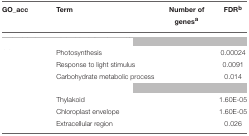
<table><thead><tr><td><b>GO_acc</b></td><td><b>Term</b></td><td><b>Number of genes<sup>a</sup></b></td><td><b>FDR<sup>b</sup></b></td></tr></thead><tbody><tr><td colspan="4">[EMPTY_CELL]</td></tr><tr><td>[EMPTY_CELL]</td><td>Photosynthesis</td><td>[EMPTY_CELL]</td><td>0.00024</td></tr><tr><td>[EMPTY_CELL]</td><td>Response to light stimulus</td><td>[EMPTY_CELL]</td><td>0.0091</td></tr><tr><td>[EMPTY_CELL]</td><td>Carbohydrate metabolic process</td><td>[EMPTY_CELL]</td><td>0.014</td></tr><tr><td colspan="4">[EMPTY_CELL]</td></tr><tr><td>[EMPTY_CELL]</td><td>Thylakoid</td><td>[EMPTY_CELL]</td><td>1.60E-05</td></tr><tr><td>[EMPTY_CELL]</td><td>Chloroplast envelope</td><td>[EMPTY_CELL]</td><td>1.60E-05</td></tr><tr><td>[EMPTY_CELL]</td><td>Extracellular region</td><td>[EMPTY_CELL]</td><td>0.026</td></tr></tbody></table>